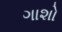
ગાશો